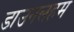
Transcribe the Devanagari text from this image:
डाउनलहम